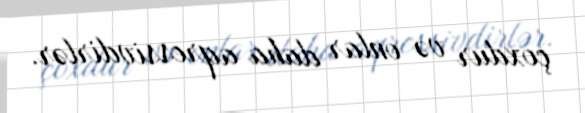
çoxdur və onlar daha aqressivdirlər.